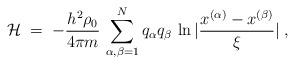
LaTeX: \begin{align*}{\mathcal H}\;=\; - \frac{h^2\rho_0}{4\pi m}\, \sum_{\alpha,\beta=1}^N q_\alpha q_\beta \, \ln |\frac{x^{(\alpha)} - x^{(\beta)}}{\xi}| \;,\end{align*}